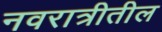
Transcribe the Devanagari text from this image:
नवरात्रीतील